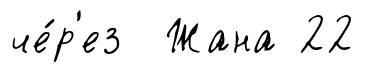
че́р'ез Жана 22